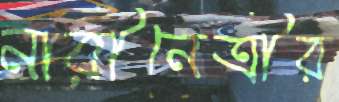
নারীনেত্রীর